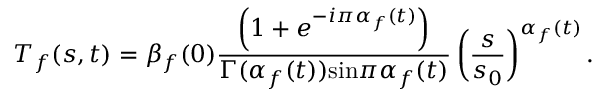
{ T } _ { f } ( s , t ) = { \beta } _ { f } ( 0 ) { \frac { \left( 1 + { e } ^ { - i \pi { \alpha } _ { f } ( t ) } \right) } { \Gamma ( { \alpha } _ { f } ( t ) ) \mathrm { s i n } \pi { \alpha } _ { f } ( t ) } } \left( { { \frac { s } { { s } _ { 0 } } } } \right) ^ { { \alpha } _ { f } ( t ) } .